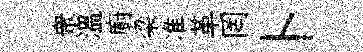
衆温廚梁准革罔卜